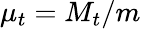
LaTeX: \mu_{t}=M_{t}/m